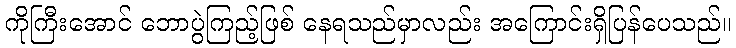
ကိုကြီးအောင် ဘောပွဲကြည့်ဖြစ် နေရသည်မှာလည်း အကြောင်းရှိပြန်ပေသည်။